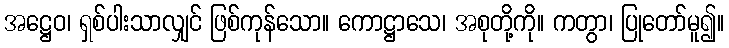
အဋ္ဌေဝ၊ ရှစ်ပါးသာလျှင် ဖြစ်ကုန်သော။ ကောဋ္ဌာသေ၊ အစုတို့ကို။ ကတွာ၊ ပြုတော်မူ၍။